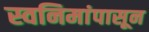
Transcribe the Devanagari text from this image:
स्वनिमांपासून